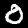
Label: 0